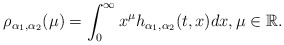
\begin{align*}\rho_{\alpha_{1}, \alpha_{2}}(\mu) = \int_{0}^{\infty} x^{\mu} h_{\alpha_{1}, \alpha_{2}}(t, x) dx, \mu\in\mathbb{R}.\end{align*}